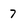
Character: 7